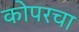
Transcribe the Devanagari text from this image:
कोपरचा